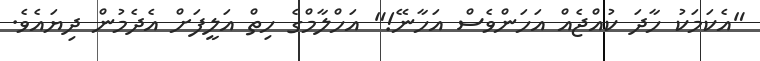
"އެކަމަކު ހާދަ ކުއްޖެއް އަހަންވެސް އަހާނޭ!" އަހްލާމްގެ ހިތް އަލީފަށް އެދެމުން ދިޔައެވެ.